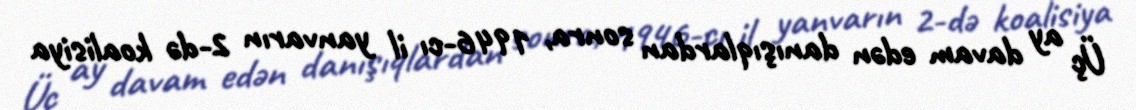
Üç ay davam edən danışıqlardan sonra, 1946-cı il yanvarın 2-də koalisiya